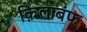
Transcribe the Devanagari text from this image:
क़िलाबंफ